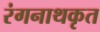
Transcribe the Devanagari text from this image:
रंगनाथकृत